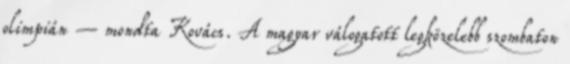
olimpián – mondta Kovács. A magyar válogatott legközelebb szombaton